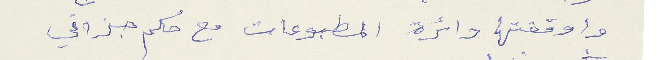
واوقفتها دائرة المطبوعات مع حكم جزائي